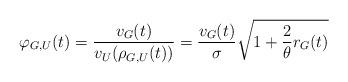
LaTeX: \begin{align*}\varphi_{G,U}(t)=\frac{v_G(t)}{v_U(\rho_{G,U}(t))}=\frac{v_G(t)}{\sigma}\sqrt{1+\frac{2}{\theta}r_G(t)}\end{align*}